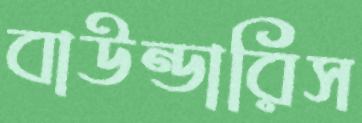
বাউন্ডারিস